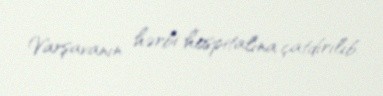
Varşavanın hərbi hospitalına çatdırılıb.